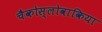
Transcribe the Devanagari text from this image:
चैकोस्लोवाकिया